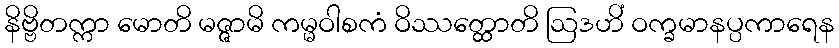
နိဗ္ဗိတက္ကာ မောတိ မဇ္ဇာမိ ကမ္မဝါစကံ ဝိဿတ္ထောတိ ဩဒဟိံ ဝက္ခမာနပ္ပကာရေန